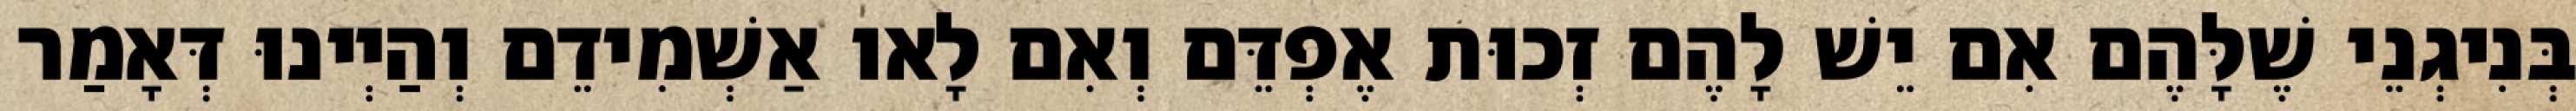
בְּנִיגְנֵי שֶׁלָּהֶם אִם יֵשׁ לָהֶם זְכוּת אֶפְדֵּם וְאִם לָאו אַשְׁמִידֵם וְהַיְינוּ דְּאָמַר